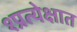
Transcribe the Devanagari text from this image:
१प्रत्येक्षात